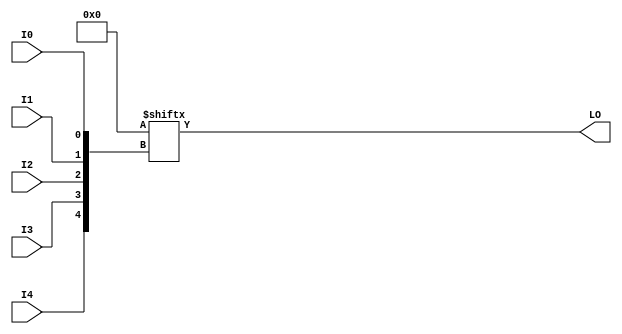
// $Header: /devl/xcs/repo/env/Databases/CAEInterfaces/xec_libs/data/unisims/LUT5_L.v,v 1.1 2007/05/02 17:32:12 vandanad Exp $
/*

FUNCTION	: 5-inputs LUT

*/


`timescale  100 ps / 10 ps


module LUT5_L (LO, I0, I1, I2, I3, I4);

  parameter INIT = 32'h00000000;

  input I0, I1, I2, I3, I4;

  output LO;


        assign LO = INIT[{I4, I3, I2, I1, I0}];


endmodule